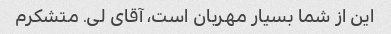
این از شما بسیار مهربان است، آقای لی. متشکرم